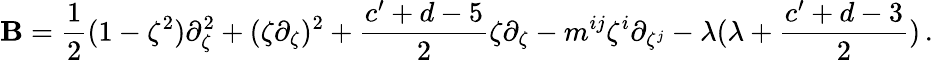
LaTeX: \mathbf{B}=\frac{{1}}{{2}}(1-\zeta^{2})\partial_{\zeta}^{2}+(\zeta\partial_{\zeta})^{2}+\frac{{c^{\prime}+d-5}}{{2}}\zeta\partial_{\zeta}-m^{ij}\zeta^{i}\partial_{\zeta^{j}}-\lambda(\lambda+\frac{{c^{\prime}+d-3}}{{2}})\, .